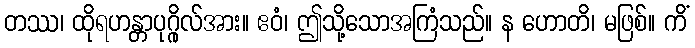
တဿ၊ ထိုရဟန္တာပုဂ္ဂိုလ်အား။ ဧဝံ၊ ဤသို့သောအကြံသည်။ န ဟောတိ၊ မဖြစ်။ ကိံ